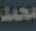
محمد